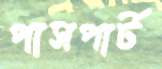
পাসপার্ট